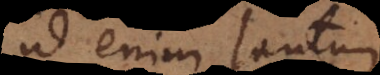
id enim tantum